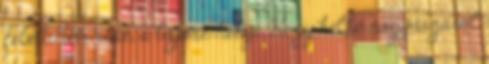
feletti bőr rész, a bajusz helye. Hogy kellő nagyságáról